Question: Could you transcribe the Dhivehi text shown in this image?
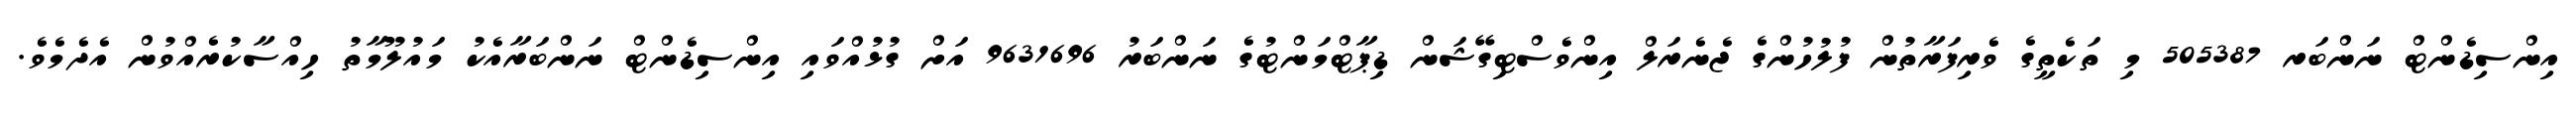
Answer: އިންސިޑެންޓް ނަންބަރ 505387 މި ތަކެތީގެ ވެރިފަރާތުން ފުލުހުންގެ ޖެނެރަލް އިންވެސްޓިގޭޝަން ޑިޕާޓްމަންޓުގެ ނަންބަރު 9631696 އަށް ގުޅުއްވައި އިންސިޑެންޓް ނަންބަރާއެކު މައުލޫމާތު ހިއްސާކުރެއްވުން އެދެމެވެ.